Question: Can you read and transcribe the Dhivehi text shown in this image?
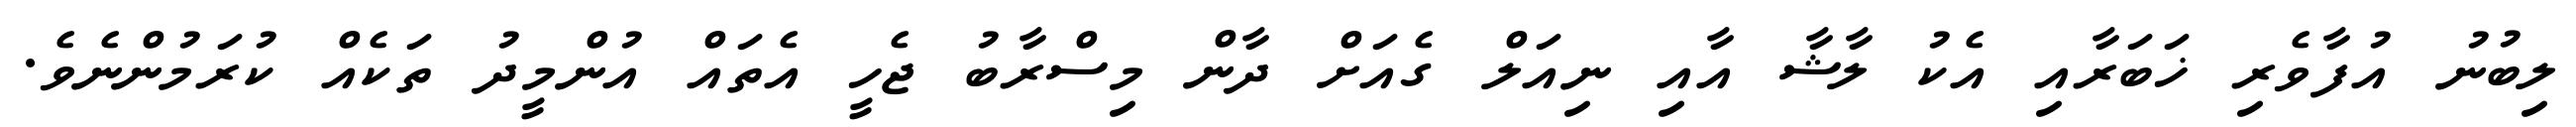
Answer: ލިބުނު އުފާވެރި ޚަބަރާއި އެކު ލާޝާ އާއި ނިއަލް ގެއަށް ދާން މިސްރާބު ޖެހީ އެތައް އުންމީދު ތަކެއް ކުރަމުންނެވެ.